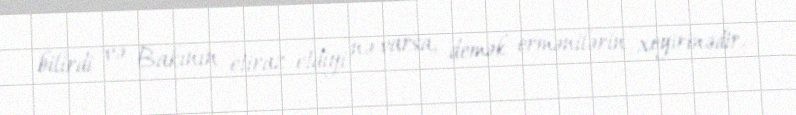
bilirdi və Bakının etiraz etdiyi nə varsa, demək ermənilərin xeyirinədir.